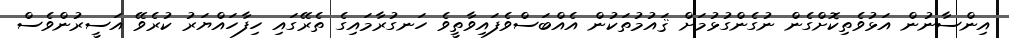
އިންސާނުން އަޅުވެތިކޮށްގެން ނުގެންގުޅުމަށް ޤައުމުތަކުން އެއްބަސްވެފައިވާތީވެ ހަނގުރާމައިގެ ތެރޭގައި ހިފާހައްޔަރު ކުރެވޭ އަސީރުންވެސް